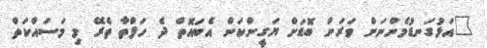
"އަޅުގަނޑުމެންނަށް ވަރަށް ބޮޑަށް ޔަގީންކަން އެބައޮތް ދެ ހަފްތާ ތެރޭ މި މަސައްކަތް